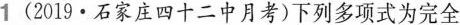
(2019·石家庄四十二中月考)下列多项式为完全